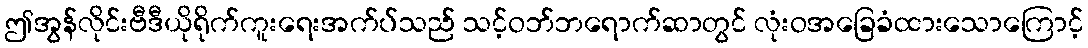
ဤအွန်လိုင်းဗီဒီယိုရိုက်ကူးရေးအက်ပ်သည် သင့်ဝဘ်ဘရောက်ဆာတွင် လုံးဝအခြေခံထားသောကြောင့်